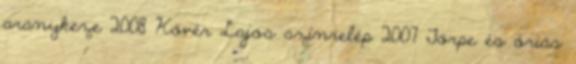
aranykeze 2008 Kövér Lajos színrelép 2007 Törpe és óriás